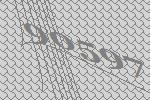
90597